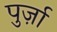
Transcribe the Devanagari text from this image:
पुर्ज़ा